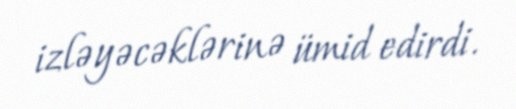
izləyəcəklərinə ümid edirdi.